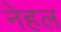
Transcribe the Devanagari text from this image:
नेहल